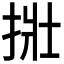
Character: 𪭿